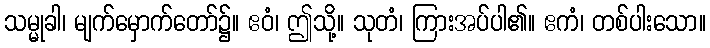
သမ္မုခါ၊ မျက်မှောက်တော်၌။ ဧဝံ၊ ဤသို့။ သုတံ၊ ကြားအပ်ပါ၏။ ဧကံ၊ တစ်ပါးသော။